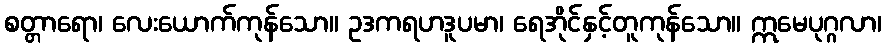
စတ္တာရော၊ လေးယောက်ကုန်သော။ ဥဒကရဟဒူပမာ၊ ရေအိုင်နှင့်တူကုန်သော။ ဣမေပုဂ္ဂလာ၊